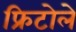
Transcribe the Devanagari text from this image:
फ्रिटोले